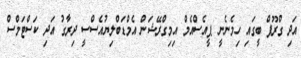
އަދި ގްރޫޕް ބީގައި ހިމެނެނީ ޕީއެސްއެމް އިމިގްރޭޝަން އެމްޑަބްލިޔުއެސްސީ ދިރާގު އަދި ކަސްޓަމްސް